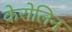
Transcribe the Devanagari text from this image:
केरोलिन